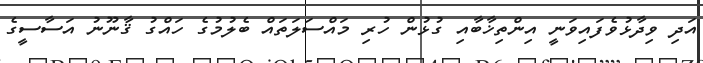
އަދި ވިދާޅުވެފައިވަނީ އިންތިޚާބާއި ގުޅުން ހުރި މައްސަލަތައް ބެލުމުގެ ހައްގު ޤާނޫނު އަސާސީގެ